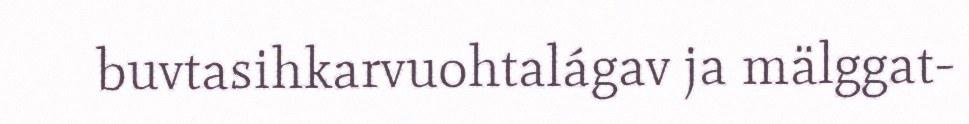
buvtasihkarvuohtalágav ja mälggat-